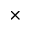
\times